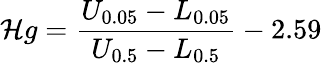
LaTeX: \mathcal{H}g=\frac{{U_{0.05}-L_{0.05}}}{{U_{0.5}-L_{0.5}}}-2.59